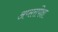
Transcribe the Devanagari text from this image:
अप्सरांपेक्षा